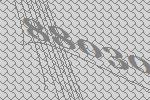
88030